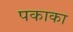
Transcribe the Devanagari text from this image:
पकाका